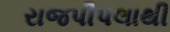
રાજપીપલાથી